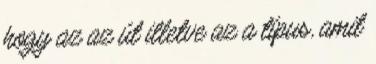
hogy az az út illetve az a típus, amit